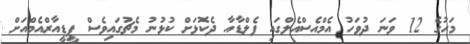
މަހުގެ 12 ވަނަ ދުވަހު އެމްއެސްއެލްގައި ފެލްޑާއާ ދެކޮޅަށް ކުޅުނު މެޗުގައިވެސް ޕީޑީއާރްއެމްއަށް